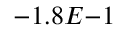
- 1 . 8 E { - 1 }